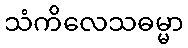
သံကိလေသဓမ္မာ